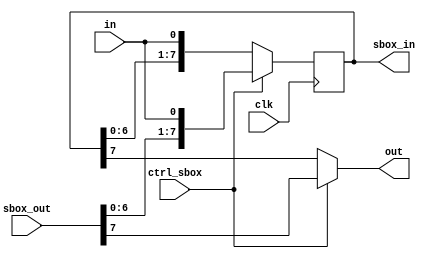
module reg_t_k (
    clk,in,sbox_out,ctrl_sbox,sbox_in,out
);
    input           clk;

    input           in;
    input   [7:0]   sbox_out;
    input           ctrl_sbox;              
    output          out;
    output  [7:0]   sbox_in;

    reg     [7:0]  temp_p;         
     
    assign  sbox_in = temp_p[7:0];
    assign out = (ctrl_sbox) ? sbox_out[7] : temp_p[7]; 

    always @(posedge clk) begin         
        if (ctrl_sbox) begin
            temp_p [7:0] <= {sbox_out[6:0],in};  
        end  
        else  begin
            temp_p[7:0] <= {temp_p[6:0],in};
        end
    end
endmodule